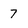
Character: 7